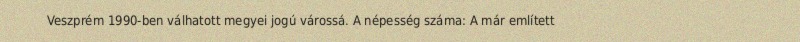
Veszprém 1990-ben válhatott megyei jogú várossá. A népesség száma: A már említett